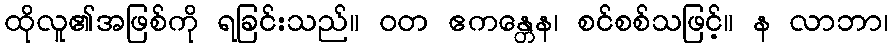
ထိုလူ၏အဖြစ်ကို ရခြင်းသည်။ ဝတ ဧကန္တေန၊ စင်စစ်သဖြင့်။ န လာဘာ၊